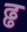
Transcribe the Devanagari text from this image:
ढ्ढ